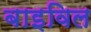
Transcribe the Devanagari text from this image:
बाइविल